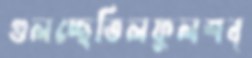
গুলচ্ছেতিলফুলশব্